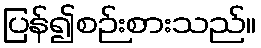
ပြန်၍စဉ်းစားသည်။